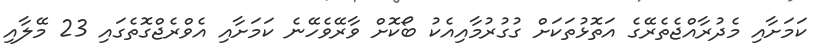
ކަމަށާއި މެދުރާއްޖެތެރޭގެ އަތޮޅުތަކަށް ގުގުރުމާއިއެކު ބޯކޮށް ވާރޭވެހޭނެ ކަމަށާއި އެވްރެޖްގޮތެގައި 23 މޭލާއި